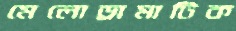
মেলোড্রামাটিক